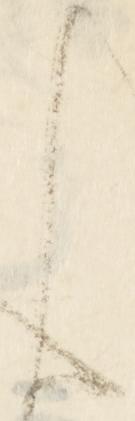
ん